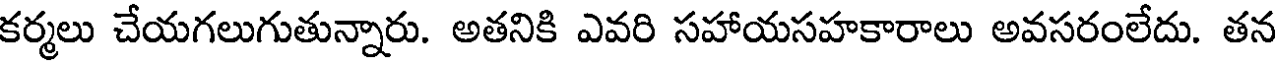
కర్మలు చేయగలుగుతున్నారు. అతనికి ఎవరి సహాయసహకారాలు అవసరంలేదు. తన